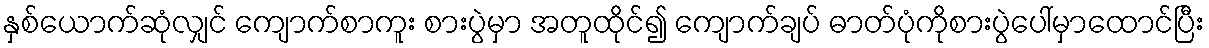
နှစ်ယောက်ဆုံလျှင် ကျောက်စာကူး စားပွဲမှာ အတူထိုင်၍ ကျောက်ချပ် ဓာတ်ပုံကိုစားပွဲပေါ်မှာထောင်ပြီး